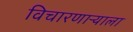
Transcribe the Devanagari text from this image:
विचारणाऱ्याला